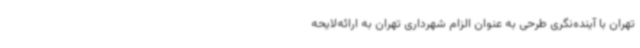
تهران با آینده‌نگری طرحی به عنوان الزام شهرداری تهران به ارائه‌لایحه